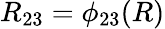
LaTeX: R_{23}=\phi_{23}(R)